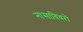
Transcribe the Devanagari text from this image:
नासाविवरों